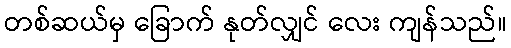
တစ်ဆယ်မှ ခြောက် နုတ်လျှင် လေး ကျန်သည်။